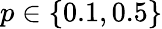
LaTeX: p\in\{ 0.1,0.5\}